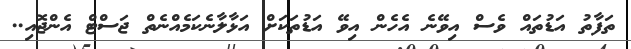
ތަފާތު އަޑުތައް ވެސް އިވޭނެ އެހެން އިވޭ އަޑުތަކަށް އަޅާލާނެކަމެއްނެތް ޖަސްޓް އެންޖޮއި..